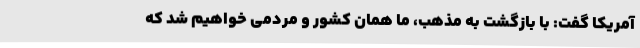
آمریکا گفت: با بازگشت به مذهب، ما همان کشور و مردمی خواهیم شد که